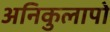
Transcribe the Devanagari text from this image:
अनिकुलापो